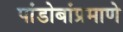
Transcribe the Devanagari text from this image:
पांडोबांप्रमाणे